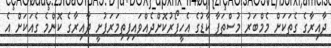
ދާއިރާގެ ގެތަކަށް މެމްބަރު މުސްތަފާ ކާޑުގެ އެހީފޯރުކޮށްދެއްވައިފިތިމަރަފުށީ ދާއިރާގެ ކޮންމެ ގެއަކަށް އެ